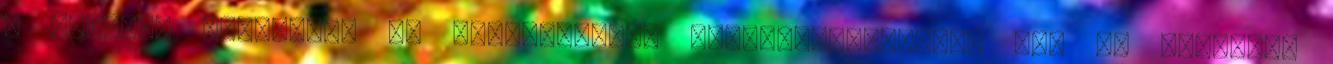
a becslés olvasható az Egészségügyi Világszervezetnek WHO az éghajlat